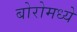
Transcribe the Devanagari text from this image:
बोरोमध्ये